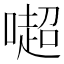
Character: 𠾸